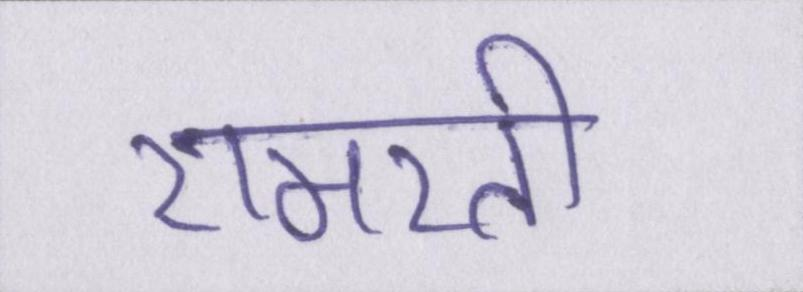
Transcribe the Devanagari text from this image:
रामरती